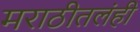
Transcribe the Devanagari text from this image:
मराठीतलंही